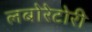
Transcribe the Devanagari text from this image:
लबोरेटोरी